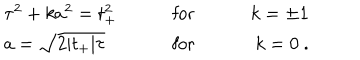
\begin{array} { l c r } { { \tau ^ { 2 } + k a ^ { 2 } = t _ { + } ^ { 2 } } } & { { \qquad \mathrm { f o r } \qquad } } & { { k = \pm 1 } } \\ { { a = \sqrt { 2 | t _ { + } | \tau } } } & { { \qquad \mathrm { f o r } \qquad } } & { { k = 0 \ . } } \\ \end{array}